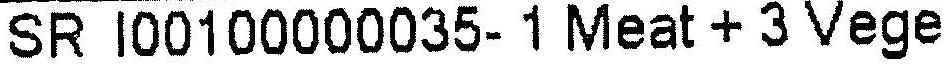
SR I00100000035-1 MEAT + 3 VEGE